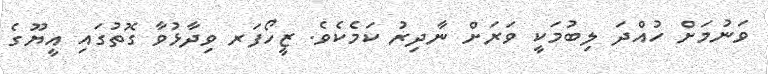
ވަނުމަށް ހުއްދަ ލިބުމަކީ ވަރަށް ނާދިރު ކަމެކެވެ. ޒީހޯފަރ ވިދާޅުވާ ގޮތުގައި އީޔޫގެ